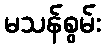
မသန်စွမ်း